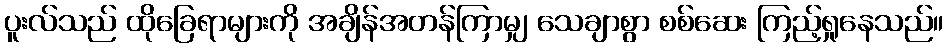
ပူးလ်သည် ထိုခြေရာများကို အချိန်အတန်ကြာမျှ သေချာစွာ စစ်ဆေး ကြည့်ရှုနေသည်။